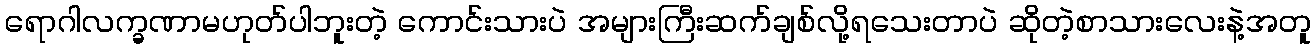
ရောဂါလက္ခဏာမဟုတ်ပါဘူးတဲ့ ကောင်းသားပဲ အများကြီးဆက်ချစ်လို့ရသေးတာပဲ ဆိုတဲ့စာသားလေးနဲ့အတူ